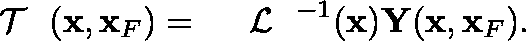
\begin{array} { r } { { { { \mathrm { ~ \boldmath ~ { ~ \cal ~ T ~ } ~ } } } } ( { \bf x } , { \bf x } _ { F } ) = { { { \mathrm { ~ \boldmath ~ { ~ \cal ~ L ~ } ~ } } } } ^ { - 1 } ( { \bf x } ) { \bf Y } ( { \bf x } , { \bf x } _ { F } ) . } \end{array}